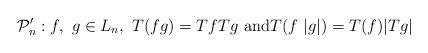
LaTeX: \begin{align*}\mathcal{P}_{n}^{\prime}:f,\ g\in L_{n},\ T(fg)=TfTg\text{ and}T(f\ |g|)=T(f)|Tg|\end{align*}